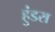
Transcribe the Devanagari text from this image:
हुंडरा